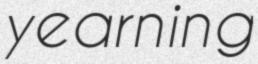
yearning